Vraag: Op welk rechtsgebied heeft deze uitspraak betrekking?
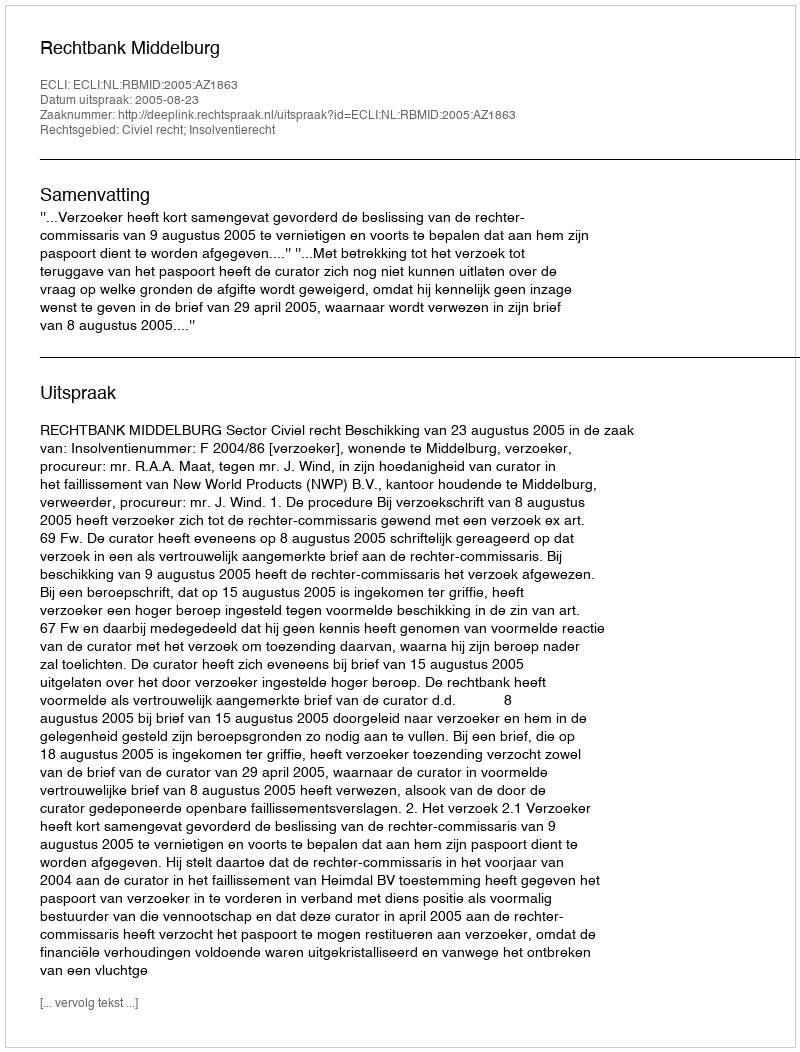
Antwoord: Civiel recht; Insolventierecht